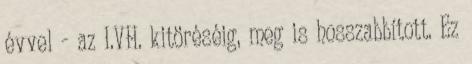
évvel - az I.VH. kitöréséig, meg is hosszabbított. Ez